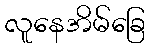
လူနေအိမ်ခြေ